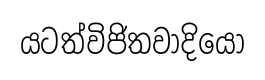
යටත්විජිතවාදියො